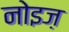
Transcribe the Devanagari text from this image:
नोइज़